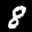
Label: 8